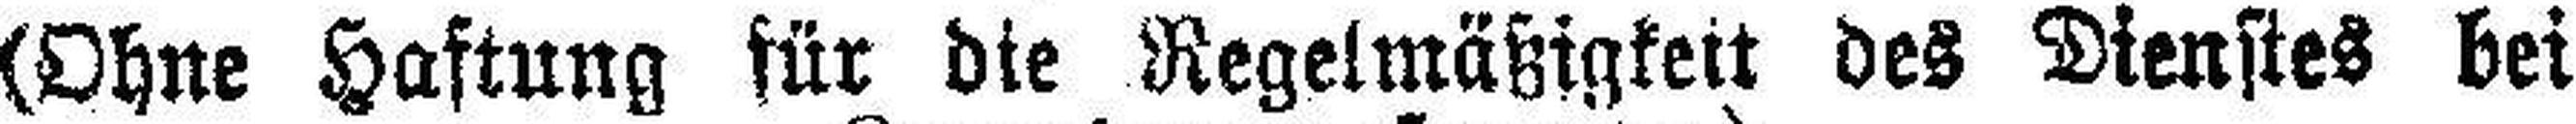
(Ohne Haftung für die Regelmäßigkeit des Dienstes bei